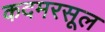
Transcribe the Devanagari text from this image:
कदमरसूल